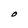
Character: O